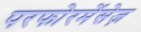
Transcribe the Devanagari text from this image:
परफोरमेंसेज़